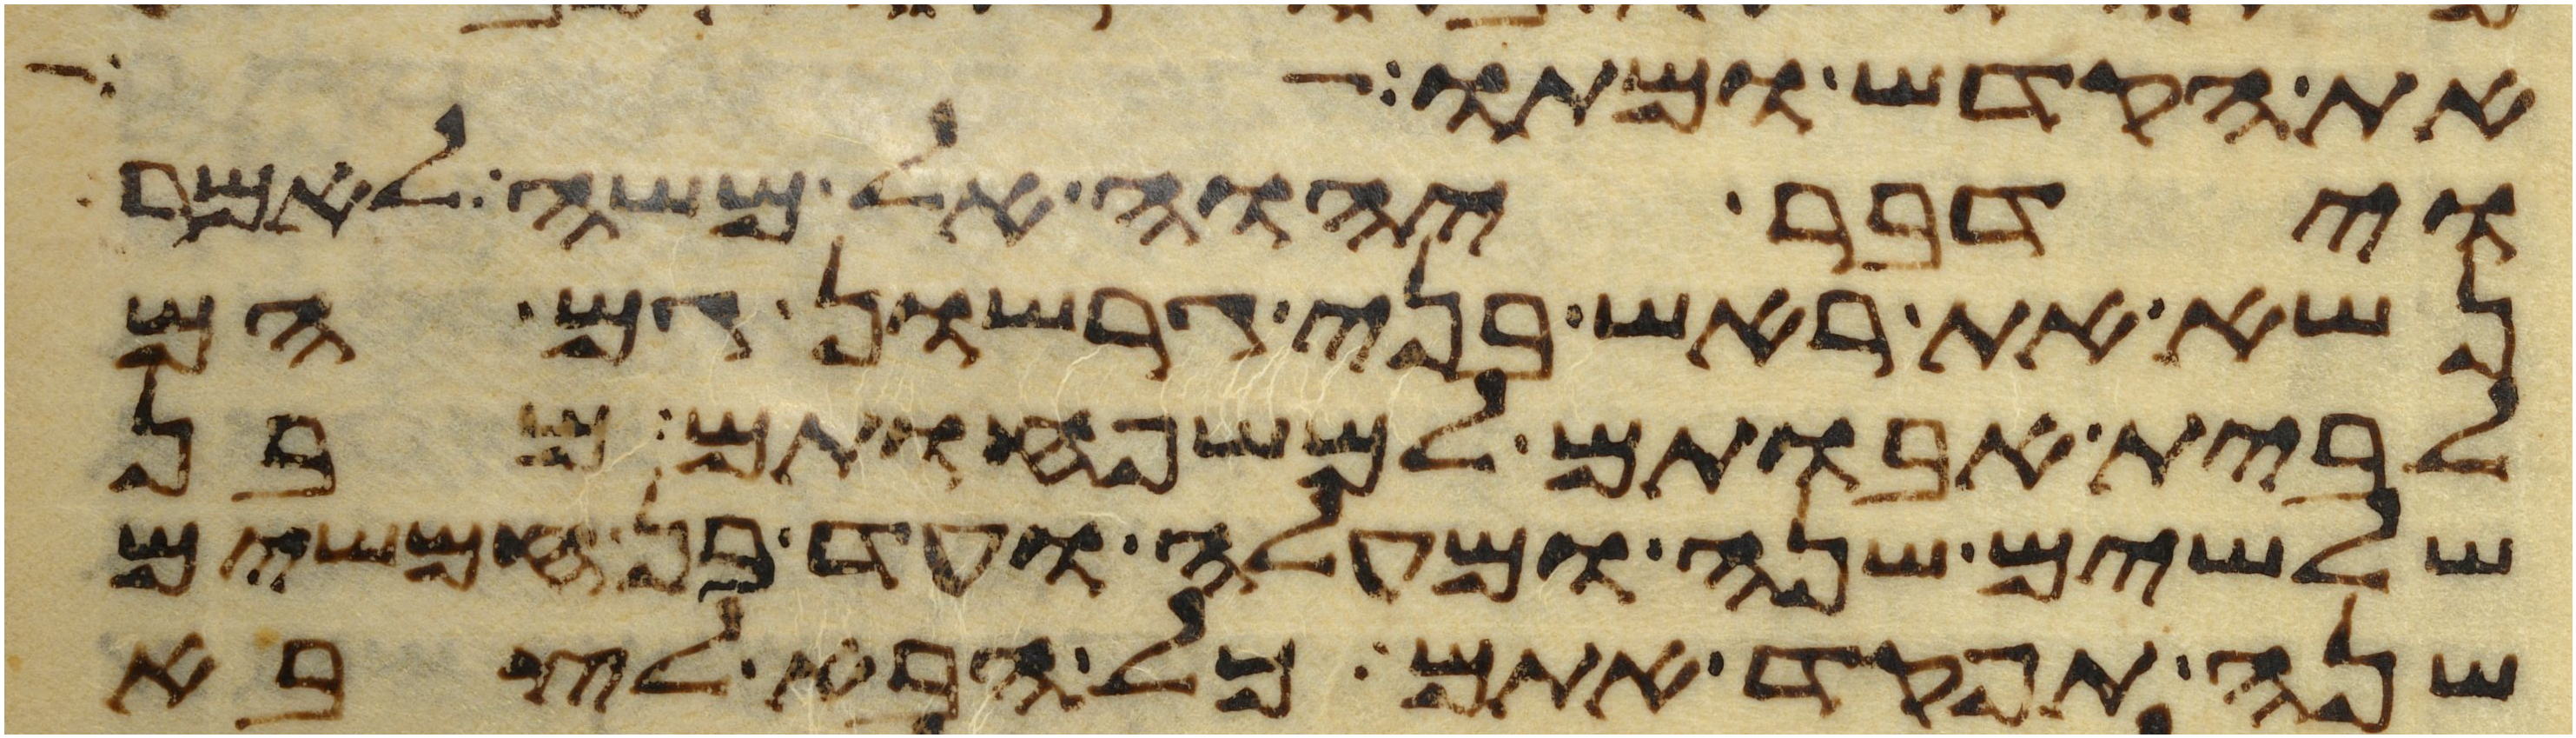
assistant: את הקדש ומתו
וידבר יהוה אל משה לאמר
נשא את ראש בני גרשון גם הם
לבית אבותם למשפחותם מבן
שלשים שנה ומעלה ועד בן חמשים
שנה תפקד אתם כל הבא לצבא